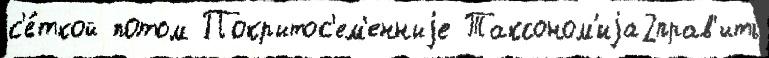
с'е́ткой потом Покрытос'ем'енныjе Таксоном'иjа2прав'ить